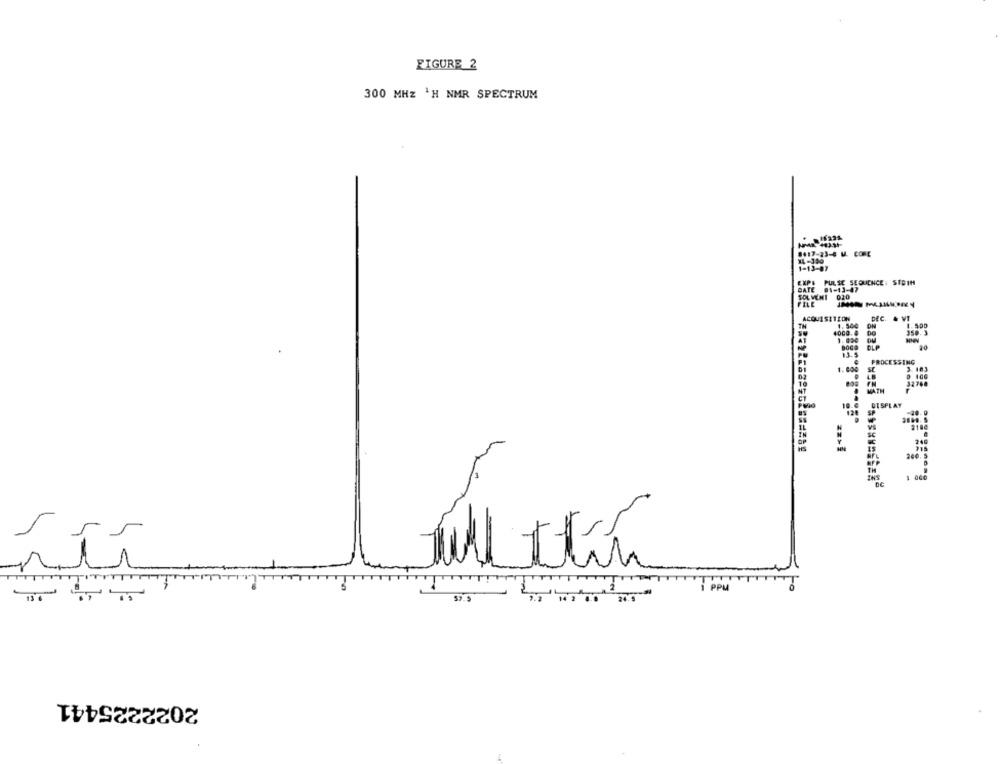
FIGURE 2
300 MHZ 'H NMR SPECTRUM
14-150
1-13-87
EXPE PULSE SEQUENCE: STOIM
DATE 01-13-47
SOLVENT 020
FILE
ISITE
DEC. & VE
1.500
20
PROCESSING
DISPLAY
2022225441